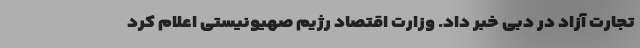
تجارت آزاد در دبی ‌خبر داد. وزارت اقتصاد رژیم صهیونیستی ‌اعلام کرد